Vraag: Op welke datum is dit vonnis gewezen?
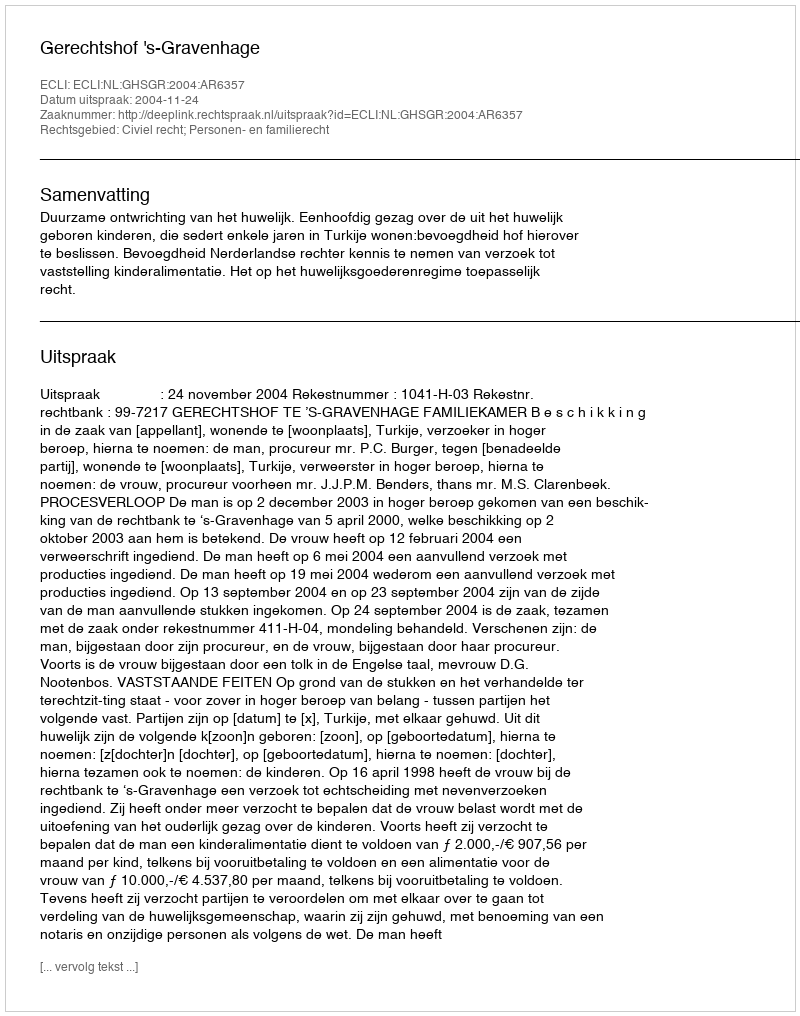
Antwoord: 2004-11-24